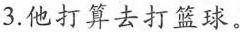
3.他打算去打篮球.。